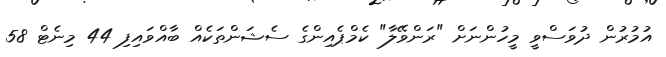
އުމުރުން ދުވަސްވީ މީހުންނަށް "ރަންވޭލާ" ކެމްޕެއިންގެ ސެޝަންތަކެއް ބާއްވައިފި 44 މިނެޓް 58